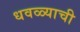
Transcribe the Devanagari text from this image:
धवळ्याची